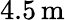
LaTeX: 4.5\, \mathrm{m}